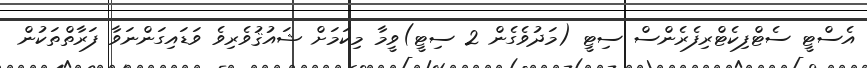
އެސްޓީ ސެޓްފިކެޓްރިފެރެންސް ސިޓީ (މަދުވެގެން 2 ސިޓީ)ވީމާ މިކަމަށް ޝައުޤުވެރިވެ ވަޑައިގަންނަވާ ފަރާތްތަކުން